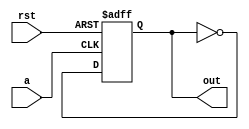
`timescale 1 ns/ 1 ps
module flipflop(
	input 	   a,
	input 	   rst,
	output reg out
	);
	always @(negedge a, posedge rst) begin
		if(rst) out <= 1;
		else 	out <= !out;
	end
endmodule